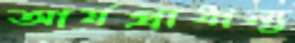
আর্যপ্রাধান্য